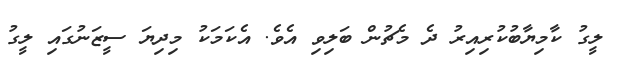
ލީގު ކާމިޔާބުކުރިއިރު ދެ މެޗުން ބަލިވި އެވެ. އެކަމަކު މިދިޔަ ސީޒަނުގައި ލީގު